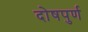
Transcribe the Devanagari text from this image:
दोषपुर्ण